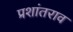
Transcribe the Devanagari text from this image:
प्रशांतराव